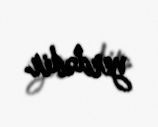
yerdədir.